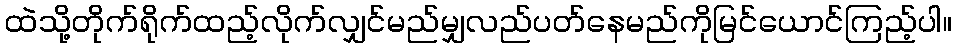
ထဲသို့တိုက်ရိုက်ထည့်လိုက်လျှင်မည်မျှလည်ပတ်နေမည်ကိုမြင်ယောင်ကြည့်ပါ။